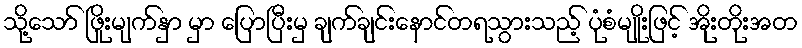
သို့သော် ဖြိုးမျက်နှာ မှာ ပြောပြီးမှ ချက်ချင်းနောင်တရသွားသည့် ပုံစံမျိုးဖြင့် အိုးတိုးအတ